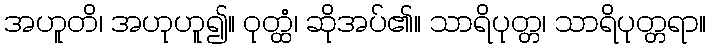
အဟူတိ၊ အဟုဟူ၍။ ဝုတ္ထံ၊ ဆိုအပ်၏။ သာရိပုတ္တ၊ သာရိပုတ္တရာ။